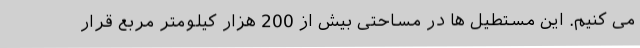
می کنیم. این مستطیل ها در مساحتی بیش از 200 هزار کیلومتر مربع قرار